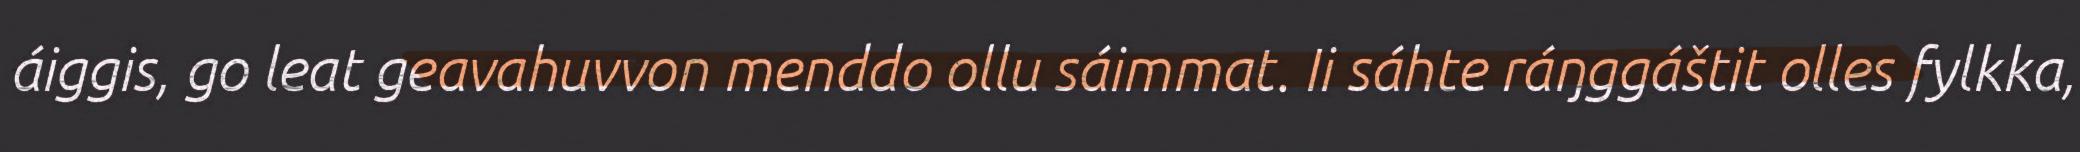
áiggis, go leat geavahuvvon menddo ollu sáimmat. Ii sáhte ráŋggáštit olles fylkka,